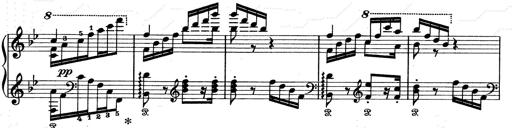
Title: Aus Lohengrin
Composer: Franz Liszt